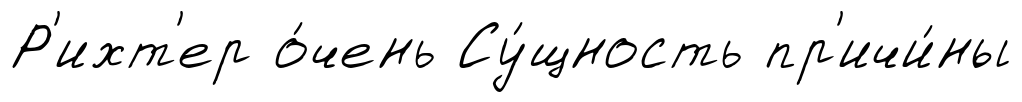
Р'ихт'ер о́чень Су́щность пр'ичи́ны